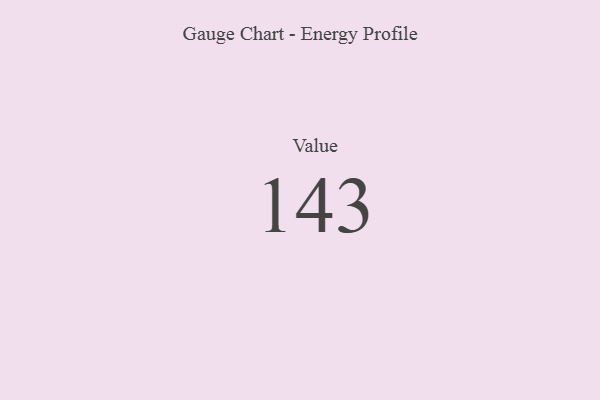
{"axis": {"x": "Metric", "y": "Value"}, "legend": [""], "data": [{"x": "Value", "y": 143, "type": ""}]}